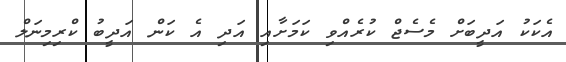
އެކަކު އަދީބަށް މެސެޖް ކުރެއްވި ކަމަށާއި އަދި އެ ކަން އަދީބު ކްރިމިނަލް